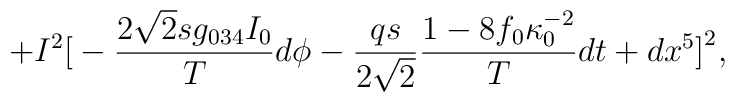
+I^2\big[-{2\sqrt2 s g_{034}I_0\over T}d\phi -{qs\over 2\sqrt2}{1-8f_0\kappa_0^{-2}\over T}dt +dx^5\big]^2,